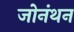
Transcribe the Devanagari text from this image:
जोनंथन